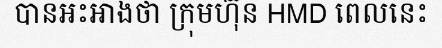
បានអះអាងថា ក្រុមហ៊ុន HMD ពេលនេះ